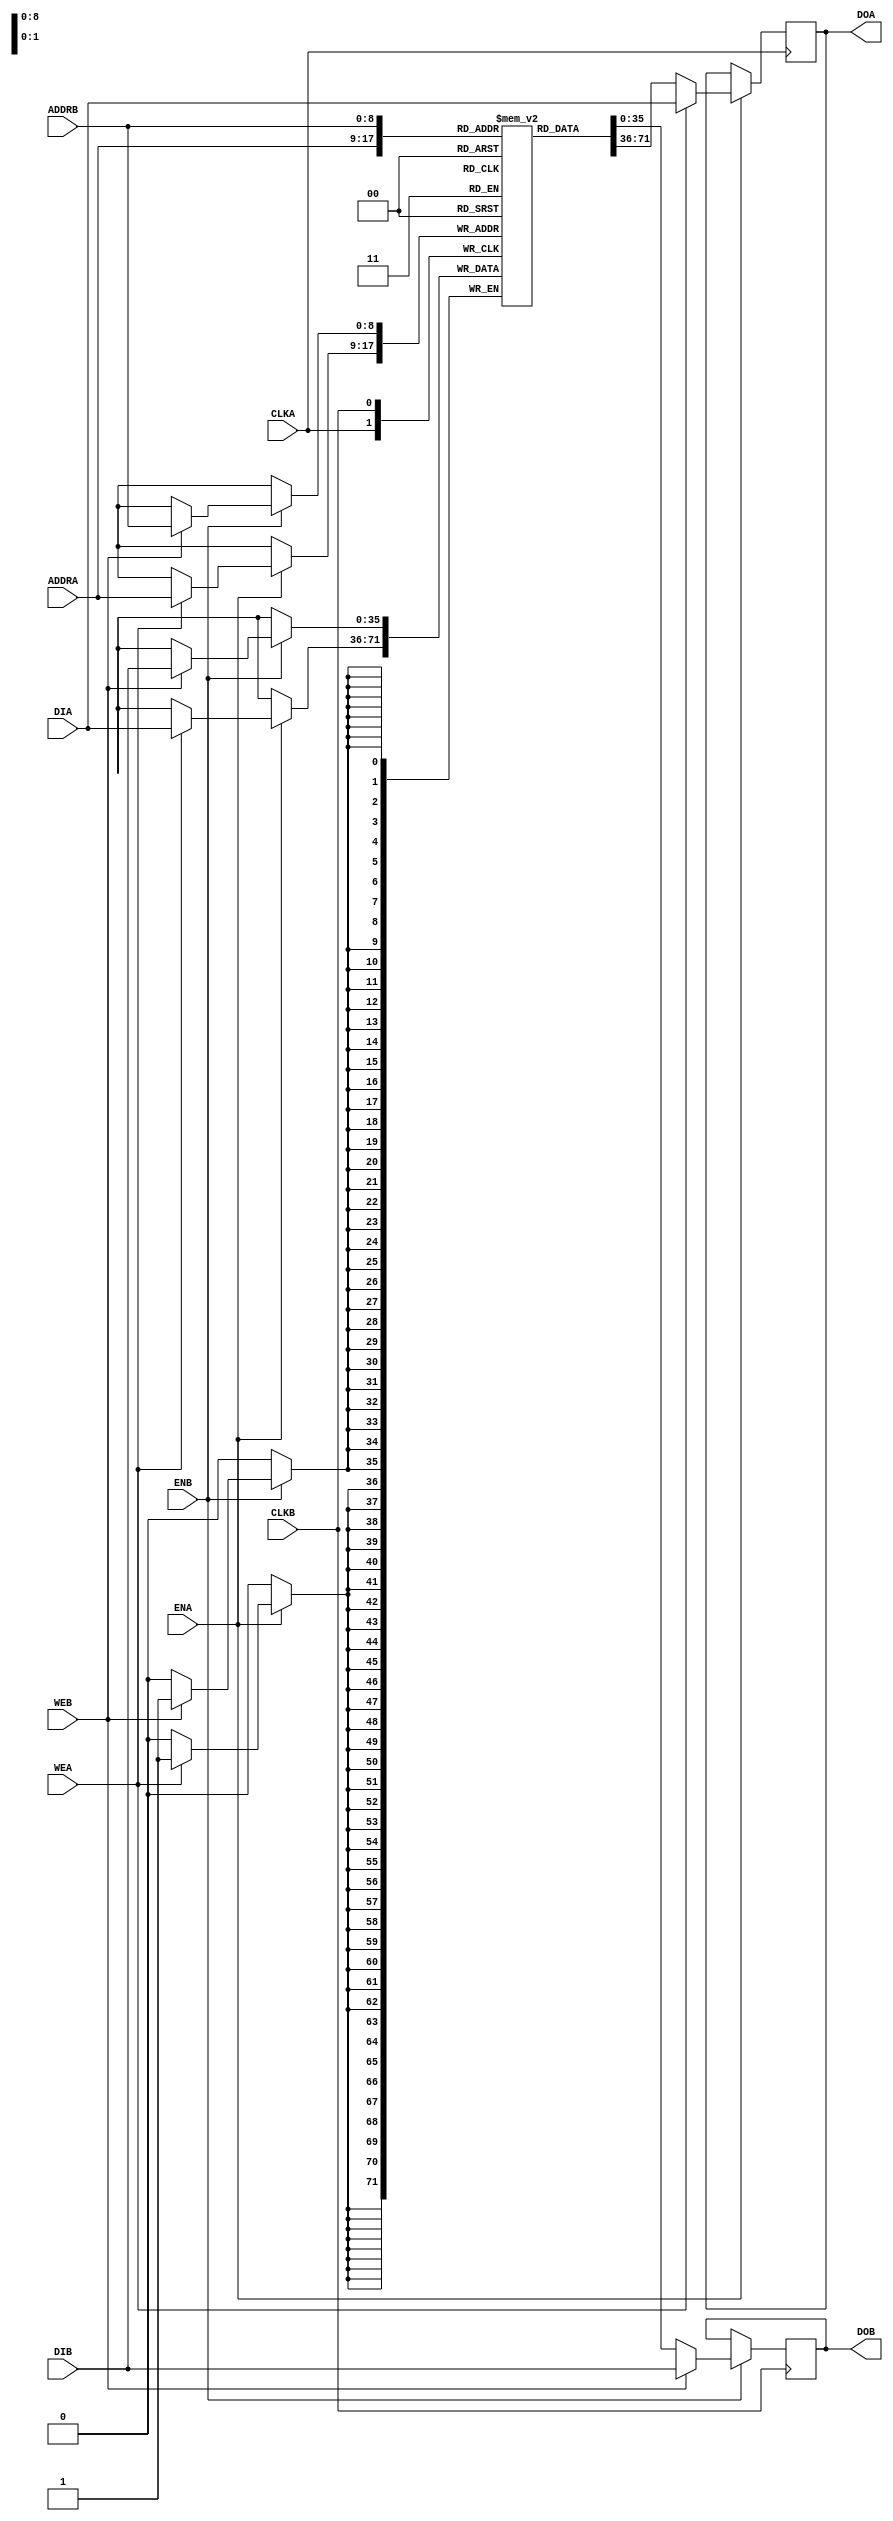
//////////////////////////////////////////////////////////////////////////////////
//
// Project        : interface 4G
// Function       : general purpose ramb block (inferred)
//
//////////////////////////////////////////////////////////////////////////////////

`timescale 1ns / 100ps
/*
ramb_infer
    #(
        .LATENCY      (             1 ), // mem latency, e.g. for Virtex2 = 1, for Virtex5 in registered mode = 2, max latency = 3!
        .WIDTH        (            36 ), // ram width
        .DEPTH        (            10 ), // address width
        .WRITE_MODE_A ( "WRITE_FIRST" ), // PortA WRITE_MODE (WRITE_FIRST,NO_CHANGE,READ_FIRST)
        .WRITE_MODE_B ( "WRITE_FIRST" ), // PortB WRITE_MODE (WRITE_FIRST,NO_CHANGE,READ_FIRST)
        .INIT_FILE    ( "ramb_init.h" )  // init filename
    )
    ramb_infer_inst
    (
        .ENA   (  ), // in,  u[    1], PortA enable
        .CLKA  (  ), // in,  u[    1], PortA clk
        .WEA   (  ), // in,  u[    1], PortA write enable
        .ADDRA (  ), // in,  u[DEPTH], PortA address
        .DIA   (  ), // in,  u[WIDTH], Write data for PortA
        .DOA   (  ), // out, u[WIDTH], Read data from PortA
    
        .ENB   (  ), // in,  u[    1], PortB enable
        .CLKB  (  ), // in,  u[    1], PortB clk
        .WEB   (  ), // in,  u[    1], PortB write enable
        .ADDRB (  ), // in,  u[DEPTH], PortB address
        .DIB   (  ), // in,  u[WIDTH], Write data for PortB
        .DOB   (  )  // out, u[WIDTH], Read data from PortB
    );
*/

module ramb_infer
#(
    parameter integer       LATENCY = 1,
    parameter integer       WIDTH = 36,
    parameter integer       DEPTH = 9,
    parameter               WRITE_MODE_A = "WRITE_FIRST",
    parameter               WRITE_MODE_B = "WRITE_FIRST",
    parameter               INIT_FILE    = ""
)
(
    input  wire                     ENA,
    input  wire                     CLKA,
    input  wire                     WEA,
    input  wire [ DEPTH - 1 :  0 ]  ADDRA,
    input  wire [ WIDTH - 1 :  0 ]  DIA,
    output wire [ WIDTH - 1 :  0 ]  DOA,

    input  wire                     ENB,
    input  wire                     CLKB,
    input  wire                     WEB,
    input  wire [ DEPTH - 1 :  0 ]  ADDRB,
    input  wire [ WIDTH - 1 :  0 ]  DIB,
    output wire [ WIDTH - 1 :  0 ]  DOB
);

integer i;
(* RAM_STYLE = "BLOCK" *)
reg     [ WIDTH-1 : 0 ] r_ramb_infer [(2**DEPTH)-1:0];
reg     [ WIDTH-1 : 0 ] r_ramb_douta_0 = 0;
reg     [ WIDTH-1 : 0 ] r_ramb_douta_1 = 0;
reg     [ WIDTH-1 : 0 ] r_ramb_douta_2 = 0;
reg     [ WIDTH-1 : 0 ] r_ramb_doutb_0 = 0;
reg     [ WIDTH-1 : 0 ] r_ramb_doutb_1 = 0;
reg     [ WIDTH-1 : 0 ] r_ramb_doutb_2 = 0;

wire    [ WIDTH-1 : 0 ] w_ramb_douta [2:0];
wire    [ WIDTH-1 : 0 ] w_ramb_doutb [2:0];

assign w_ramb_douta [0] = r_ramb_douta_0;
assign w_ramb_douta [1] = r_ramb_douta_1;
assign w_ramb_douta [2] = r_ramb_douta_2;

assign w_ramb_doutb [0] = r_ramb_doutb_0;
assign w_ramb_doutb [1] = r_ramb_doutb_1;
assign w_ramb_doutb [2] = r_ramb_doutb_2;

assign DOA = w_ramb_douta[LATENCY-1];
assign DOB = w_ramb_doutb[LATENCY-1];

initial
begin
    if (INIT_FILE != "")
        $readmemh(INIT_FILE, r_ramb_infer, 0, ((2**DEPTH) - 1));
    else
    begin
        for (i = 0; i < (2**DEPTH); i = i + 1)
            r_ramb_infer[i] = 0;
    end
end

always @(posedge CLKA)
begin
    if ( ENA == 1'b1 )
    begin
        if ( WEA == 1'b1 )
        begin
            r_ramb_infer[ADDRA] <=#1 DIA;
        end

        if ( WEA == 1'b1 )
        begin
            case ( WRITE_MODE_A )
            "WRITE_FIRST":
                begin
                    r_ramb_douta_0 <=#1 DIA;
                end
            "NO_CHANGE":
                begin
                    r_ramb_douta_0 <=#1 r_ramb_douta_0;
                end
            "READ_FIRST":
                begin
                    r_ramb_douta_0 <=#1 r_ramb_infer[ADDRA];
                end
            default:
                begin
                    r_ramb_douta_0 <=#1 DIA;
                end
            endcase
        end
        else
            r_ramb_douta_0 <=#1 r_ramb_infer[ADDRA];

        r_ramb_douta_1 <=#1 r_ramb_douta_0;
        r_ramb_douta_2 <=#1 r_ramb_douta_1;
    end
end

always @(posedge CLKB)
begin
    if ( ENB == 1'b1 )
    begin
        if ( WEB == 1'b1 )
        begin
            r_ramb_infer[ADDRB] <=#1 DIB;
        end

        if ( WEB == 1'b1 )
        begin
            case ( WRITE_MODE_B )
            "WRITE_FIRST":
                begin
                    r_ramb_doutb_0 <=#1 DIB;
                end
            "NO_CHANGE":
                begin
                    r_ramb_doutb_0 <=#1 r_ramb_doutb_0;
                end
            "READ_FIRST":
                begin
                    r_ramb_doutb_0 <=#1 r_ramb_infer[ADDRB];
                end
            default:
                begin
                    r_ramb_doutb_0 <=#1 DIB;
                end
            endcase
        end
        else
            r_ramb_doutb_0 <=#1 r_ramb_infer[ADDRB];

        r_ramb_doutb_1 <=#1 r_ramb_doutb_0;
        r_ramb_doutb_2 <=#1 r_ramb_doutb_1;
    end
end
endmodule